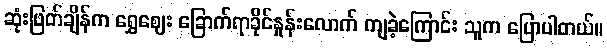
ဆုံးဖြတ်ချိန်က ရွှေဈေး ခြောက်ရာခိုင်နှုန်းလောက် ကျခဲ့ကြောင်း သူက ပြောပါတယ်။